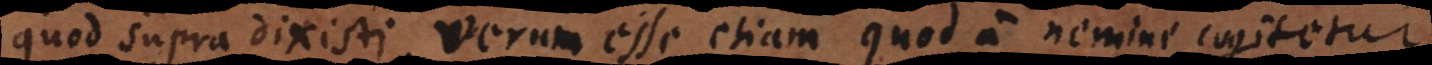
quod supra dixisti, verum esse etiam quod a nemine cogitetur.